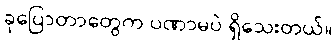
ခုပြောတာတွေက ပဏာမပဲ ရှိသေးတယ်။